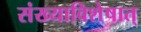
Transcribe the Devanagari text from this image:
संख्याविशेषात्